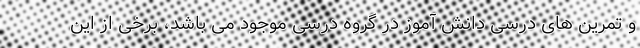
و تمرین های درسی دانش آموز در گروه درسی موجود می باشد، برخی از این